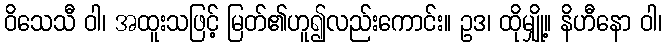
ဝိသေသီ ဝါ၊ အထူးသဖြင့် မြတ်၏ဟူ၍လည်းကောင်း။ ဥဒ၊ ထိုမျှို့။ နိဟီနော ဝါ၊